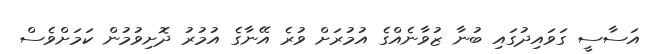
އަސާސީ ގަވައިދުގައި ބުނާ ޒުވާނެއްގެ އުމުރަށް ވުރެ އޭނާގެ އުމުރު ދޮށިވުމުން ކަމަަށްވެސް